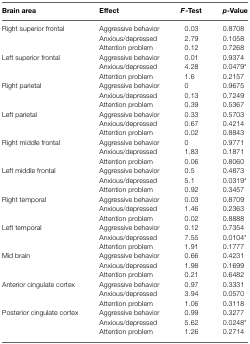
| Brain area | Effect | F-Test | p-Value |
 | --- | --- | --- | --- |
 | Right superior frontal | Aggressive behavior | 0.03 | 0.8708 |
 |  | Anxious/depressed | 2.79 | 0.1058 |
 |  | Attention problem | 0.12 | 0.7268 |
 | Left superior frontal | Aggressive behavior | 0.01 | 0.9374 |
 |  | Anxious/depressed | 4.28 | 0.0479* |
 |  | Attention problem | 1.6 | 0.2157 |
 | Right parietal | Aggressive behavior | 0 | 0.9675 |
 |  | Anxious/depressed | 0.13 | 0.7249 |
 |  | Attention problem | 0.39 | 0.5367 |
 | Left parietal | Aggressive behavior | 0.33 | 0.5703 |
 |  | Anxious/depressed | 0.67 | 0.4214 |
 |  | Attention problem | 0.02 | 0.8843 |
 | Right middle frontal | Aggressive behavior | 0 | 0.9771 |
 |  | Anxious/depressed | 1.83 | 0.1871 |
 |  | Attention problem | 0.06 | 0.8060 |
 | Left middle frontal | Aggressive behavior | 0.5 | 0.4873 |
 |  | Anxious/depressed | 5.1 | 0.0319* |
 |  | Attention problem | 0.92 | 0.3457 |
 | Right temporal | Aggressive behavior | 0.03 | 0.8709 |
 |  | Anxious/depressed | 1.46 | 0.2363 |
 |  | Attention problem | 0.02 | 0.8888 |
 | Left temporal | Aggressive behavior | 0.12 | 0.7354 |
 |  | Anxious/depressed | 7.55 | 0.0104* |
 |  | Attention problem | 1.91 | 0.1777 |
 | Mid brain | Aggressive behavior | 0.66 | 0.4231 |
 |  | Anxious/depressed | 1.98 | 0.1699 |
 |  | Attention problem | 0.21 | 0.6482 |
 | Anterior cingulate cortex | Aggressive behavior | 0.97 | 0.3331 |
 |  | Anxious/depressed | 3.94 | 0.0570 |
 |  | Attention problem | 1.06 | 0.3118 |
 | Posterior cingulate cortex | Aggressive behavior | 0.99 | 0.3277 |
 |  | Anxious/depressed | 5.62 | 0.0248* |
 |  | Attention problem | 1.26 | 0.2714 |